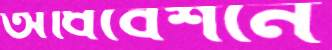
অধিবেশনে